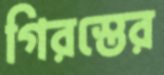
গিরস্তের